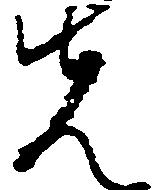
先